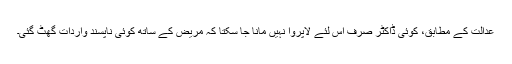
عدالت کے مُطابق، کوئی ڈاکٹر صرف اس لئے لاپروا نہیں مانا جا سکتا کہ مریض کے ساتھ کوئی ناپسند واردات گھٹ گئی۔